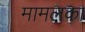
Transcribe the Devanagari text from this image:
मामलका